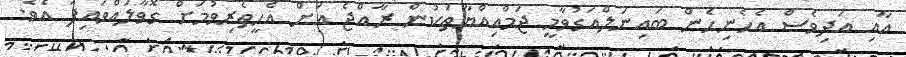
އާއި އަދިވެސް އެހެނިހެން ބައިނަލްއަގުވާމީ ޖަމްއިއްޔާތަކުން ރާއްޖެ އަށް އެހީތެރިވުމަށް ގޮވާލައްވައިފަ އެވެ.